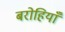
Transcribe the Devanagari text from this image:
बरोहियाँ